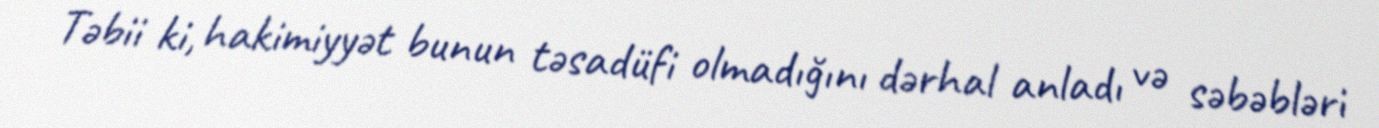
Təbii ki, hakimiyyət bunun təsadüfi olmadığını dərhal anladı və səbəbləri